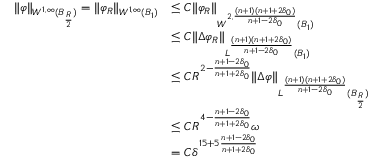
\begin{array} { r l } { \| \varphi \| _ { W ^ { 1 , \infty } ( B _ { \frac { R } { 2 } } ) } = \| \varphi _ { R } \| _ { W ^ { 1 , \infty } ( B _ { 1 } ) } } & { \leq C \| \varphi _ { R } \| _ { W ^ { 2 , \frac { ( n + 1 ) ( n + 1 + 2 \delta _ { 0 } ) } { n + 1 - 2 \delta _ { 0 } } } ( B _ { 1 } ) } } \\ & { \leq C \| \Delta \varphi _ { R } \| _ { L ^ { \frac { ( n + 1 ) ( n + 1 + 2 \delta _ { 0 } ) } { n + 1 - 2 \delta _ { 0 } } } ( B _ { 1 } ) } } \\ & { \leq C R ^ { 2 - \frac { n + 1 - 2 \delta _ { 0 } } { n + 1 + 2 \delta _ { 0 } } } \| \Delta \varphi \| _ { L ^ { \frac { ( n + 1 ) ( n + 1 + 2 \delta _ { 0 } ) } { n + 1 - 2 \delta _ { 0 } } } ( B _ { \frac { R } { 2 } } ) } } \\ & { \leq C R ^ { 4 - \frac { n + 1 - 2 \delta _ { 0 } } { n + 1 + 2 \delta _ { 0 } } } \omega } \\ & { = C \delta ^ { 1 5 + 5 \frac { n + 1 - 2 \delta _ { 0 } } { n + 1 + 2 \delta _ { 0 } } } } \end{array}